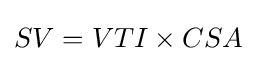
SV=VTI\times CSA